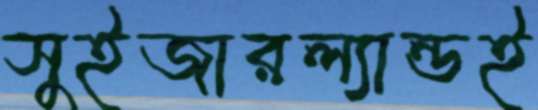
সুইজারল্যান্ডই